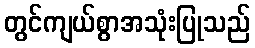
တွင်ကျယ်စွာအသုံးပြုသည်